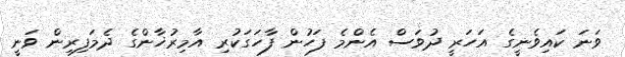
ވަނަ ކައިވެނީގެ އަހަރީ ދުވަސް އެންމެ ފަހުން ފާހަގަކުރި އާމިރުޚާންގެ ދެމަފިރިން ވަނީ